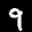
Label: 9